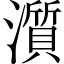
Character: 𤁩